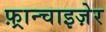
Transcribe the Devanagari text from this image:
फ़्रान्चाइज़ेर